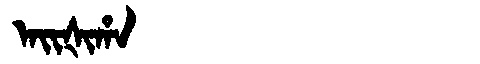
Manchu: ᠠᡳᡧᡳᡥᠠ
Romanization: AIŠIHA